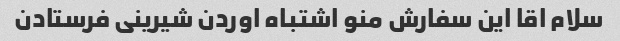
سلام اقا این سفارش منو اشتباه اوردن شیرینی فرستادن